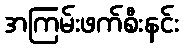
အကြမ်းဖက်စီးနင်း